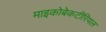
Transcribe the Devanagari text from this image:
माइकोबेकटीरियल